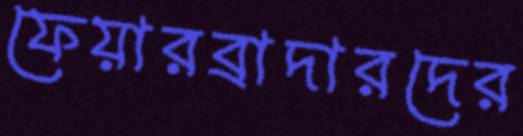
ফেয়ারব্রাদারদের